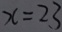
x = 2 3